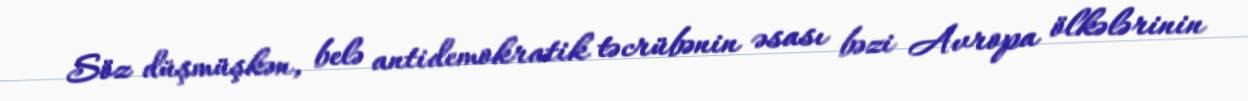
Söz düşmüşkən, belə antidemokratik təcrübənin əsası bəzi Avropa ölkələrinin